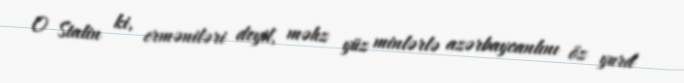
O Stalin ki, erməniləri deyil, məhz yüz minlərlə azərbaycanlını öz yurd